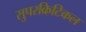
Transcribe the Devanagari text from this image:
सुपरक्रिटिकल